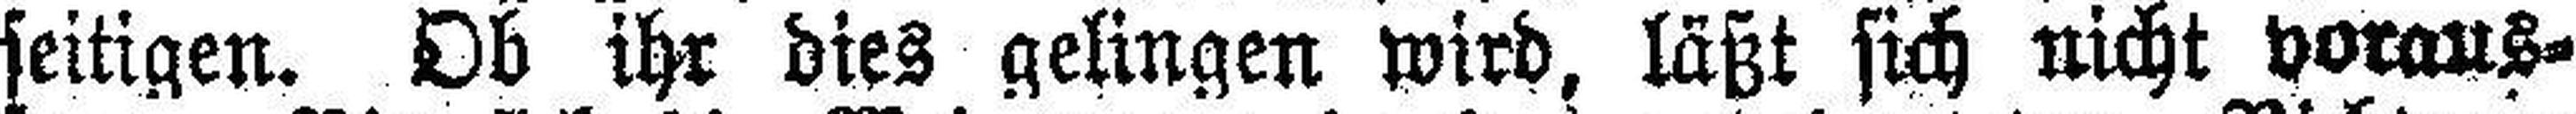
seitigen. Ob ihr dies gelingen wird, läßt sich nicht voraus¬